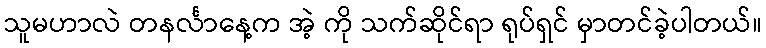
သူမဟာလဲ တနင်္လာနေ့က အဲ့ ကို သက်ဆိုင်ရာ ရုပ်ရှင် မှာတင်ခဲ့ပါတယ်။